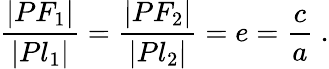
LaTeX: {\frac{|PF_{1}|}{|Pl_{1}|}}={\frac{|PF_{2}|}{|Pl_{2}|}}=e={\frac{c}{a}}\ .